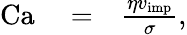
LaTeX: \begin{array}{rlr}{\mathrm{Ca}}&{{}=}&{\frac{\eta v_{\mathrm{imp}}}{\sigma},}\end{array}